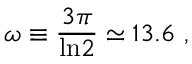
\omega \equiv { \frac { 3 \pi } { \mathrm { l n } 2 } } \simeq 1 3 . 6 \ ,